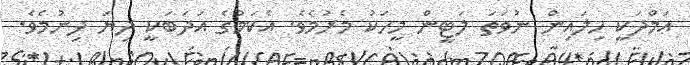
ޢަމްދަކީ ހިލައިން ނުވަތަ ލަޓީން މީހަކު މެރުމެވެ. އެކަމުގެ އަދަބަކީ ދިޔަ ދިނުމެވެ.